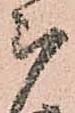
被